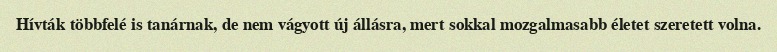
Hívták többfelé is tanárnak, de nem vágyott új állásra, mert sokkal mozgalmasabb életet szeretett volna.